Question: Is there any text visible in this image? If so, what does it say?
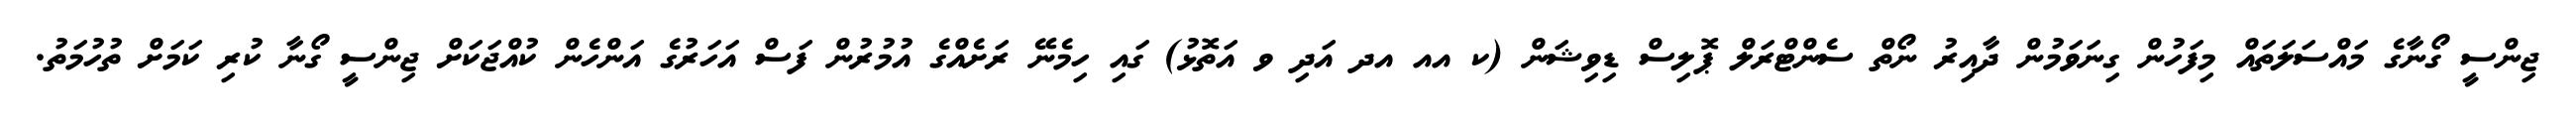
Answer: ޖިންސީ ގޯނާގެ މައްސަލަތައް މިފަހުން ގިނަވަމުން ދާއިރު ނޯތް ސެންޓްރަލް ޕޮލިސް ޑިވިޝަން (ކ އއ އދ އަދި ވ އަތޮޅު) ގައި ހިމެނޭ ރަށެއްގެ އުމުރުން ފަސް އަހަރުގެ އަންހެން ކުއްޖަކަށް ޖިންސީ ގޯނާ ކުރި ކަމަށް ތުހުމަތު.